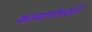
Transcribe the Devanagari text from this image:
कल्याणेश्वरी